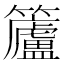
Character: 𮆿